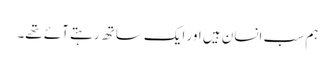
ہم سب انسان ہیں اور ایک ساتھ رہتے آئے تھے۔